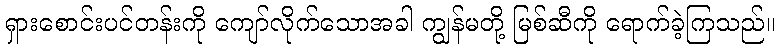
ရှားစောင်းပင်တန်းကို ကျော်လိုက်သောအခါ ကျွန်မတို့ မြစ်ဆီကို ရောက်ခဲ့ကြသည်။